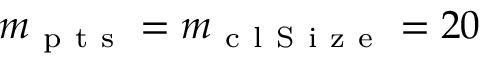
m _ { \mathrm { ~ p ~ t ~ s ~ } } = m _ { \mathrm { ~ c ~ l ~ S ~ i ~ z ~ e ~ } } = 2 0